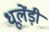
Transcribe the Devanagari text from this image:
धूलेंड़ी